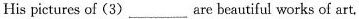
His pictures of(3)___are beautiful works of art,